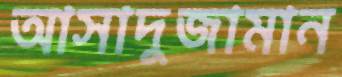
আসাদুজামান